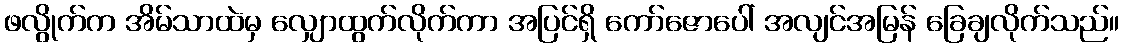
ဖလွိုက်က အိမ်သာထဲမှ လျှောထွက်လိုက်ကာ အပြင်ရှိ ကော်ဇောပေါ် အလျင်အမြန် ခြေချလိုက်သည်။